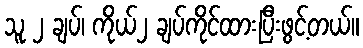
သူ ၂ ချပ်၊ ကိုယ်၂ ချပ်ကိုင်ထားပြီးဖွင့်တယ်။